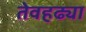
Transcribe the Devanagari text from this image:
तेवहढ्या